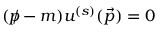
( { p \! \! \! / } - m ) u ^ { ( s ) } ( { \vec { p } } ) = 0